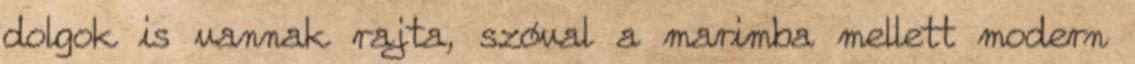
dolgok is vannak rajta, szóval a marimba mellett modern